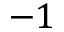
- 1